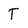
Character: T